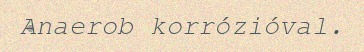
Anaerob korrózióval.